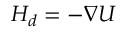
{ H } _ { d } = - \nabla U